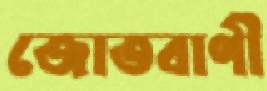
জোতবাণী